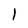
Character: I